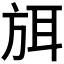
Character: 𭤶